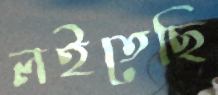
লইতেছি